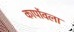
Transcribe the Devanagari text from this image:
कार्पोवला